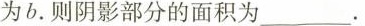
为b。则阴影部分的面积为_______.